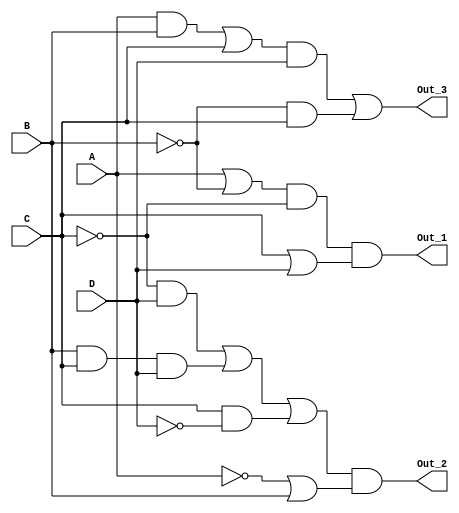
     	module Circuit_2 (Out_1, Out_2, Out_3, A, B, C, D);
     	output Out_1, Out_2, Out_3;
     	input A, B, C, D;
     	
     	assign Out_1 = (A || ( !B ) ) && ( !C) && (C || D);
     	assign Out_2 = (((!C)&&D) || (B && C && D) || (C && (!D))) && (( !A ) || B);
     	assign Out_3 = ((A && B ) || C) && D || ((!B)&&C);
     	endmodule